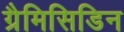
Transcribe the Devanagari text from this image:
ग्रैमिसिडिन